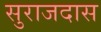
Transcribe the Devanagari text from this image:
सुराजदास